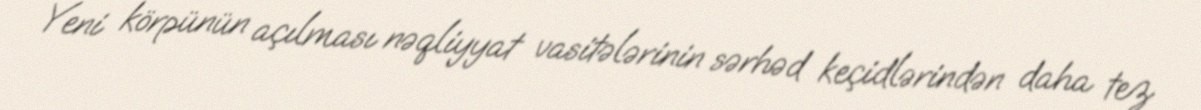
Yeni körpünün açılması nəqliyyat vasitələrinin sərhəd keçidlərindən daha tez